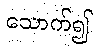
သောက်၍